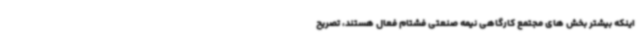
اینکه بیشتر بخش های مجتمع کارگاهی نیمه صنعتی فشتام فعال هستند، تصریح